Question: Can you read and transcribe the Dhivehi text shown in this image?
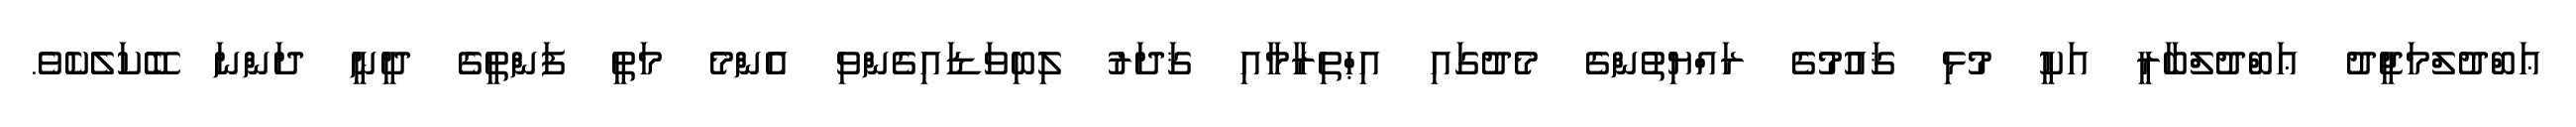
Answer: ޢަބްދުލްމަޖީދު ޢަބްދުލްބާރީ އަކީ މުޅި ޤައުމުގެ ރައްޔިތުންގެ މެދުގައި އިޙްތިރާމާއި ޤަދަރު ލިބިވަޑައިގެންވި އެންމެ މަތީ ފަންތީގެ ދީނީ ދަންނަ ބޭކަލެކެވެ.